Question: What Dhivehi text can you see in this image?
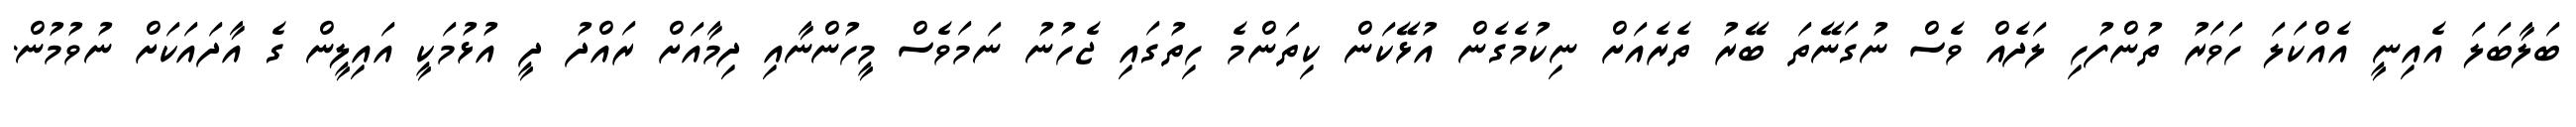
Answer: ބަލާބަލަ އެއިނީ އެއްކަލަ ހަވަރު ތުންފުހި ލަދެއް ވެސް ނުގަނޭތަ ބޭރު ތެރެއަށް ނިކުމެގެން އުޅޭކަން ކިތަންމެ ހިތުގައި ޖެހުނު ނަމަވެސް މީހުންނާއި ދިމާއަށް ރައްދު ދީ އުޅުމަކީ އައިލީން ގެ އާދައަކަށް ނުވުމުން.